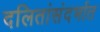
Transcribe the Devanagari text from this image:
दलितांसंदर्भात